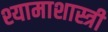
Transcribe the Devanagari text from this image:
श्यामाशास्त्री